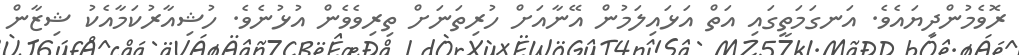
ރޮވެމުންދިޔައެވެ. އަނގަމަތީގައި އަތް އަޅައިލަމުން އޭނާއަށް ހުރިތަނަށް ތިރިވެވެން އުޅުނެވެ. ހުޝިއާރުކަމާއެކު ޝިޒާން